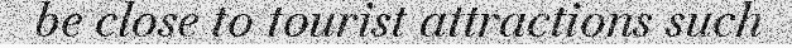
be close to tourist attractions such